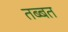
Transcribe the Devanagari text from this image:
तब्बत